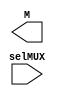
`timescale 1ns / 1ps
//////////////////////////////////////////////////////////////////////////////////
// Company: 
// Engineer: 
// 
// Design Name: 
// Module Name: Multiplexer
// Project Name: 
// Target Devices: 
// Tool Versions: 
// Description: 
// 
// Dependencies: 
// 
// Revision:
// Revision 0.01 - File Created
// Additional Comments:
// 
//////////////////////////////////////////////////////////////////////////////////


module Multiplexer(
    input [1:0] selMUX,
    output [3:0] M
    );
endmodule